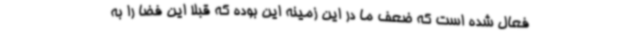
فعال شده است که ضعف ما در این زمینه این بوده که قبلاً این فضا را به